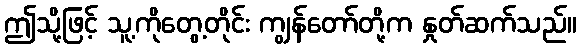
ဤသို့ဖြင့် သူ့ကိုတွေ့တိုင်း ကျွန်တော်တို့က နှုတ်ဆက်သည်။